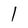
Character: l